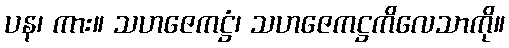
ပန၊ ကား။ သဟဇေကဋ္ဌံ၊ သဟဇေကဋ္ဌကိလေသာကို။